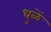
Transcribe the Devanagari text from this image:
धुळें